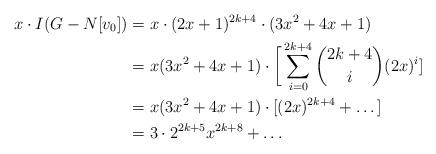
LaTeX: \begin{align*}x\cdot I(G-N[v_0]) &= x \cdot (2x+1)^{2k+4}\cdot(3x^2+4x+1)\\&= x(3x^2+4x+1) \cdot \bigg[\sum_{i=0}^{2k+4} \binom{2k+4}{i} (2x)^{i}]\\&= x(3x^2+4x+1) \cdot [(2x)^{2k+4}+\dots]\\&= 3\cdot2^{2 k + 5}x^{2 k + 8}+\dots\end{align*}